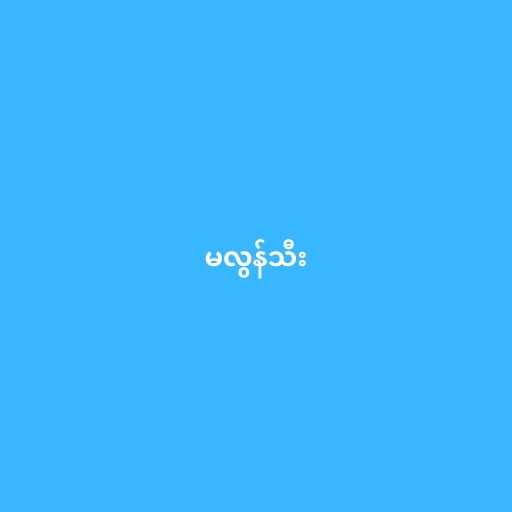
မလွန်သီး